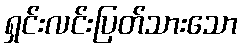
ရှင်းလင်းပြတ်သားသော